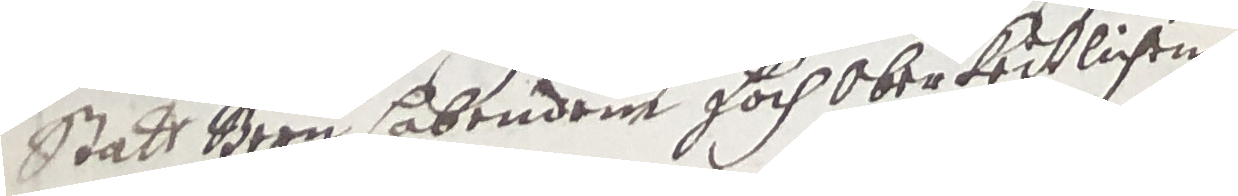
statt Bern habendem hoch oberkeitlichen